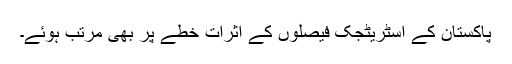
پاکستان کے اسٹریٹجک فیصلوں کے اثرات خطے پر بھی مرتب ہوئے۔